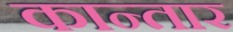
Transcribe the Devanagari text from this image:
कान्तार